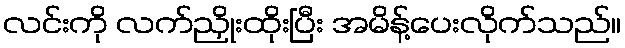
လင်းကို လက်ညှိုးထိုးပြီး အမိန့်ပေးလိုက်သည်။